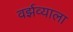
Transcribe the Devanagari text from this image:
वर्झव्याला